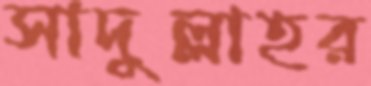
সাদুল্লাহর